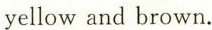
yellow and brown.